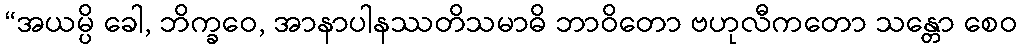
“အယမ္ပိ ခေါ, ဘိက္ခဝေ, အာနာပါနဿတိသမာဓိ ဘာဝိတော ဗဟုလီကတော သန္တော စေဝ